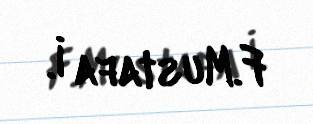
F.Mustafa İ.